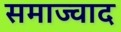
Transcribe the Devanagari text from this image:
समाज्वाद